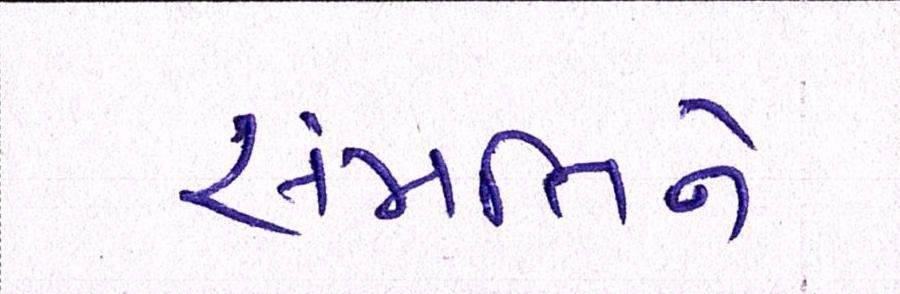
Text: સંમતિને